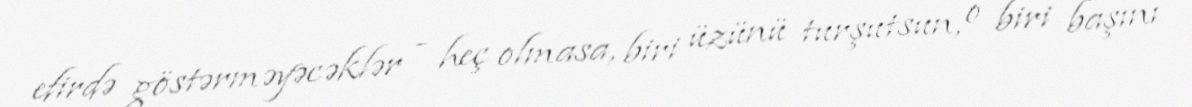
efirdə göstərməyəcəklər - heç olmasa, biri üzünü turşutsun, o biri başını